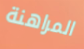
المراهنة